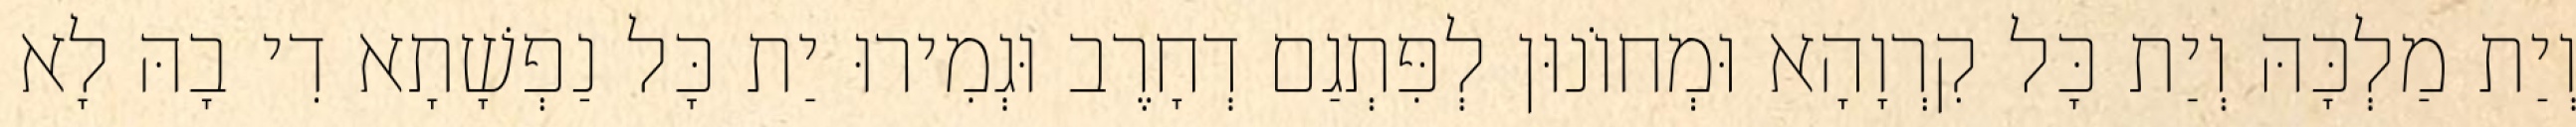
וְיַת מַלְכָּהּ וְיַת כָּל קִרְוָהָא וּמְחוֹנוּן לְפִּתְגַם דְחָרֶב וּגְמִירוּ יַת כָּל נַפְשָׁתָא דִי בָהּ לָא